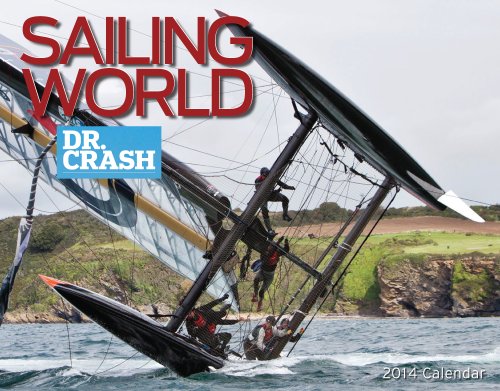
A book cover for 2014 Sailing World, Dr. Crash; Dr. Crash; Calendars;